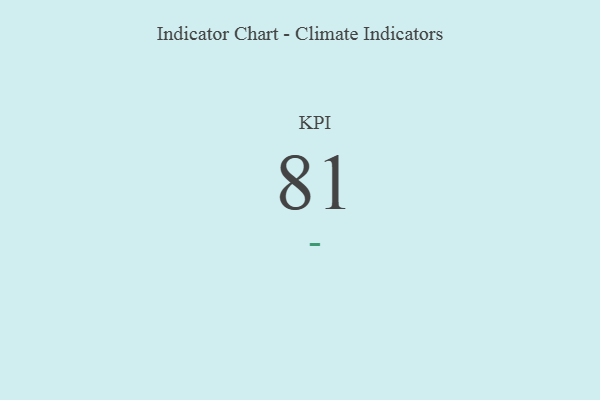
{"axis": {"x": "KPI", "y": "Value"}, "legend": [""], "data": [{"x": "KPI", "y": 81, "type": ""}]}